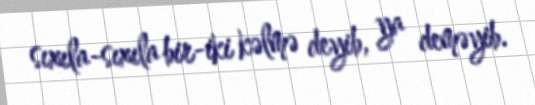
sıxıla-sıxıla bir-iki kəlmə deyib, ya deməyib.